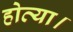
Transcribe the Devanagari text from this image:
होत्या।